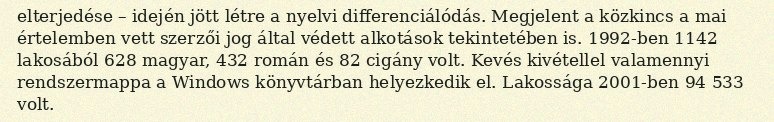
elterjedése – idején jött létre a nyelvi differenciálódás. Megjelent a közkincs a mai értelemben vett szerzői jog által védett alkotások tekintetében is. 1992-ben 1142 lakosából 628 magyar, 432 román és 82 cigány volt. Kevés kivétellel valamennyi rendszermappa a Windows könyvtárban helyezkedik el. Lakossága 2001-ben 94 533 volt.